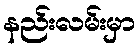
နည်းလမ်းမှာ